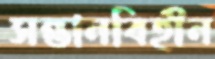
সন্তানবিহীন